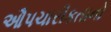
ઔપચારીકતાનો